Treatise on elephants
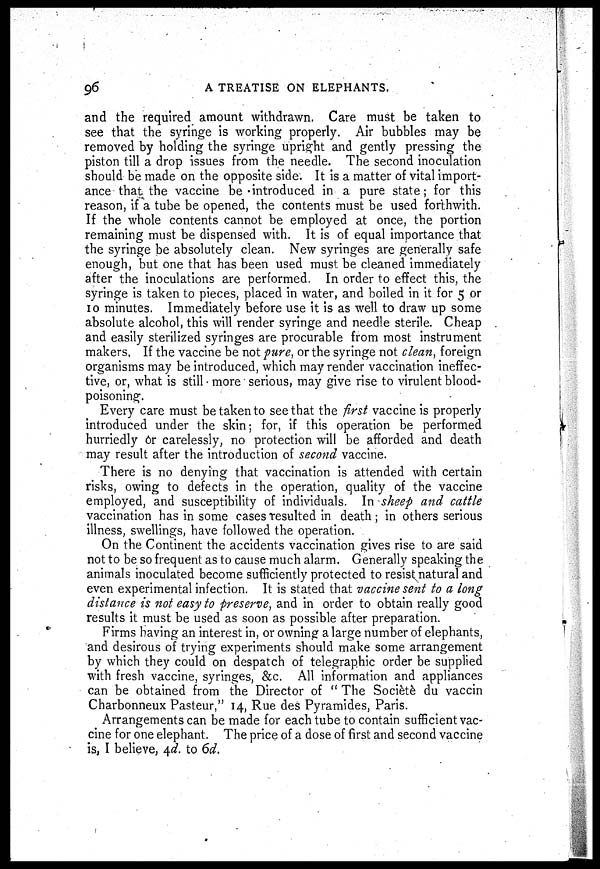
96
A TREATISE ON ELEPHANTS.
and the required amount withdrawn. Care must be taken to
see that the syringe is working properly. Air bubbles may be
removed by holding the syringe upright and gently pressing the
piston till a drop issues from the needle. The second inoculation
should be made on the opposite side. It is a matter of vital import-
ance that the vaccine be introduced in a pure state; for this
reason, if a tube be opened, the contents must be used forthwith.
If the whole contents cannot be employed at once, the portion
remaining must be dispensed with. It is of equal importance that
the syringe be absolutely clean. New syringes are generally safe
enough, but one that has been used must be cleaned immediately
after the inoculations are performed. In order to effect this, the
syringe is taken to pieces, placed in water, and boiled in it for 5 or
10 minutes. Immediately before use it is as well to draw up some
absolute alcohol, this will render syringe and needle sterile. Cheap
and easily sterilized syringes are procurable from most instrument
makers. If the vaccine be not pure, or the syringe not clean, foreign
organisms may be introduced, which may render vaccination ineffec-
tive, or, what is still more serious, may give rise to virulent blood-
poisoning.
Every care must be taken to see that the first vaccine is properly
introduced under the skin; for, if this operation be performed
hurriedly 6r carelessly, no protection will be afforded and death
may result after the introduction of second vaccine.
There is no denying that vaccination is attended with certain
risks, owing to defects in the operation, quality of the vaccine
employed, and susceptibility of individuals. In sheep and cattle
vaccination has in some cases resulted in death; in others serious
illness, swellings, have followed the operation.
On the Continent the accidents vaccination gives rise to are said
not to be so frequent as to cause much alarm. Generally speaking the
animals inoculated become sufficiently protected to resist natural and
even experimental infection. It is stated that vaccine sent to a long
distance is not easy to preserve, and in order to obtain really good
results it must be used as soon as possible after preparation.
Firms having an interest in, or owning a large number of elephants,
and desirous of trying experiments should make some arrangement
by which they could on despatch of telegraphic order be supplied
with fresh vaccine, syringes, &c. All information and appliances
can be obtained from the Director of "The Sociètè du vaccin
Charbonneux Pasteur," 14, Rue des Pyramides, Paris.
Arrangements can be made for each tube to contain sufficient vac-
cine for one elephant. The price of a dose of first and second vaccine
is, I believe, 4d. to 6d.